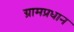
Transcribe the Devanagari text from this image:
ग्रामप्रधान